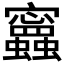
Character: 𧕝